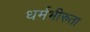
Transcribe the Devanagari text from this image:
धर्मभीरुता